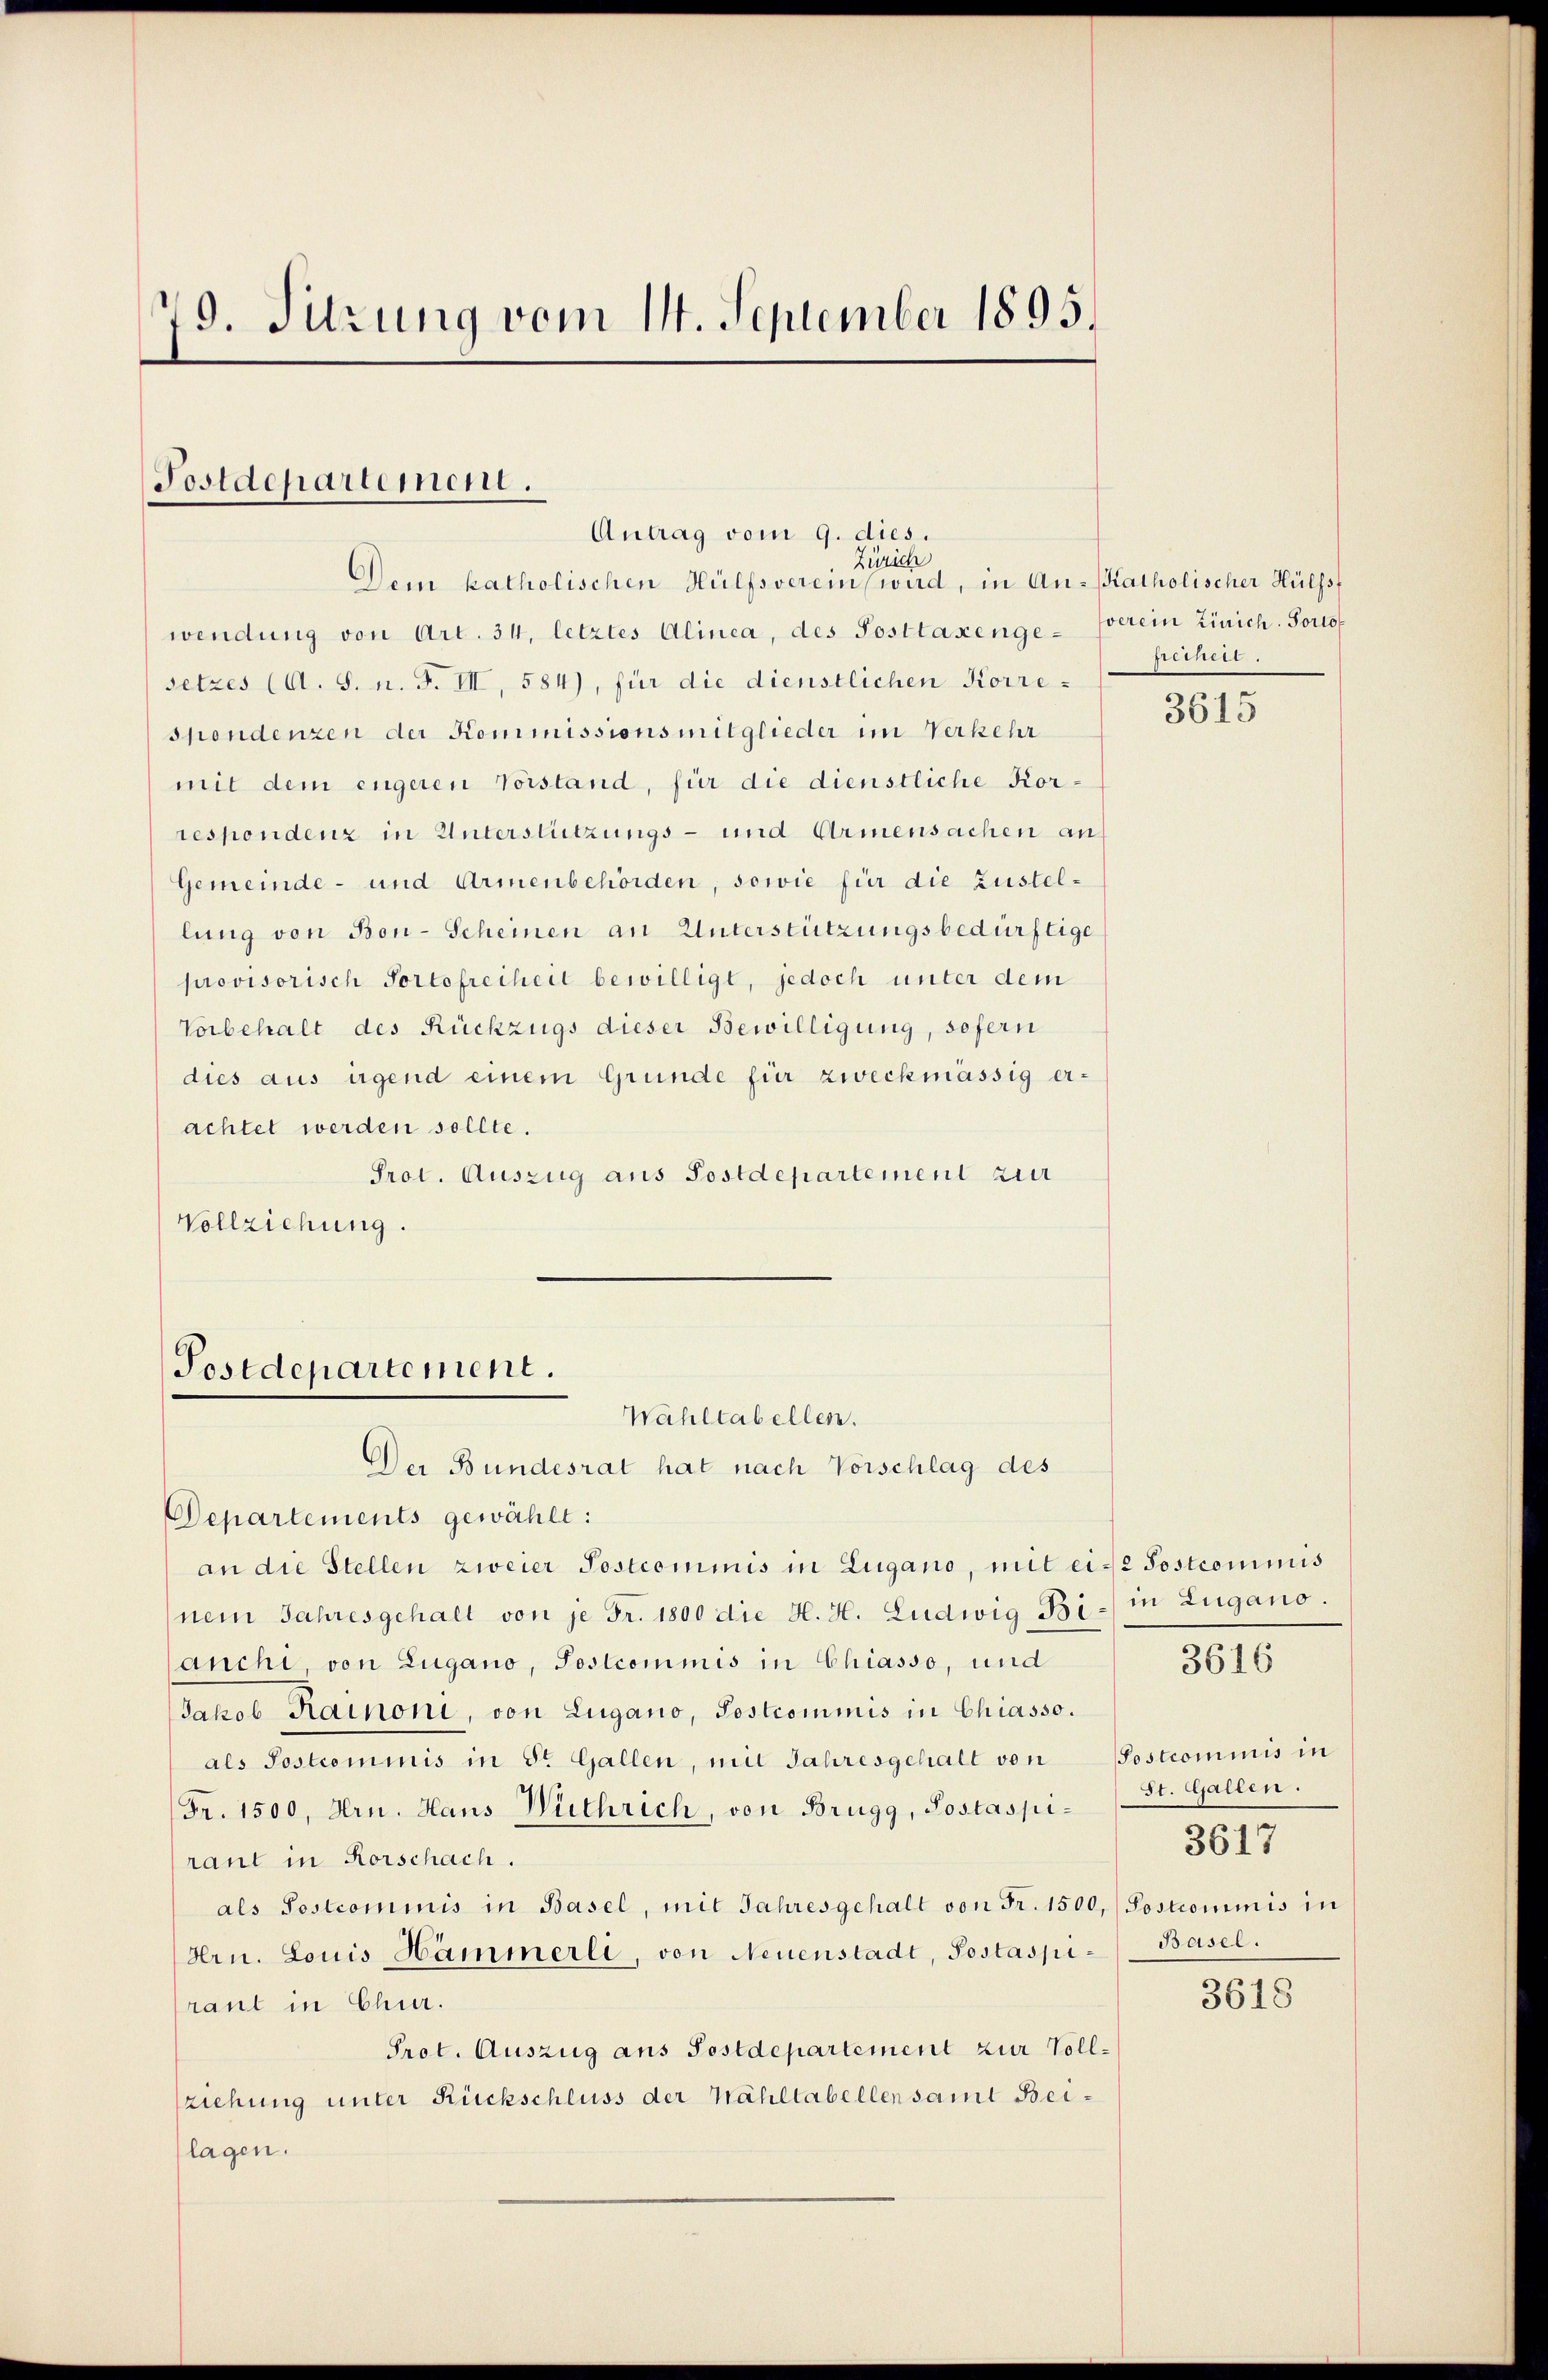
419. Sitzung vom 14. September 1895.

Postdepartement.
Antrag vom 9. dies.
Zürich

Dem katholischen Hülfsverein wird, in An-katholischer Hülfsf
wendung von Art. 34, letztes Alinea, des Posttaxengesetzes (A. S. n. F. III, 584), für die dienstlichen Korrespondenzen der Kommissionsmitglieder im Verkehr
mit dem engeren Vorstand, für die dienstliche Korrespondenz in Unterstützungs- und Armensachen an
Gemeinde- und Armenbehörden, sowie für die Zustellung von Bon-Scheinen an Unterstützungsbedürftige
provisorisch Portofreiheit bewilligt, jedoch unter dem
Vorbehalt des Rückzugs dieser Bewilligung, sofern
dies aus irgend einem Gründe für zweckmässig erachtet werden sollte.
Prot. Auszug aus Postdepartement zur
Vollziehung.

Postdepartement.
Wahltabellen.
Der Bundesrat hat nach Vorschlag des

Departements gewählt:
an die Stellen zweier Postcommis in Zugano, mit eine Postcommis
nem Jahresgehalt von je Fr. 1800 die H. H. Ludwig Bi- in Zugano.
anchi, von Zugano, Postcommis in Chiasso, und
Jakob Rainoni, von Lugano, Postcommis in Chiasso.
als Postcommis in St. Gallen, mit Jahresgehalt von
Fr. 1500, Hrn. Haus Wüthrich, von Brugg, Postaspiraut in Rorschach.
als Postcommis in Basel, mit Jahresgehalt von Fr. 1500, Postcommis in
Hrn. Louis Hämmerli, von Neuenstadt, Postaspiraut in Chur.
Prot. Auszug ans Postdepartement zur Vollziehung unter Rückschluss der Wahltabellen samt Beilagen.

verein Zürich. Porto
freiheit.

3615

Postcommis in
St. Gallen.
3617
Basel.

3616

3618